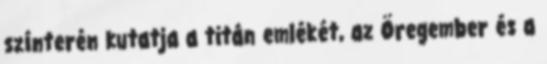
színterén kutatja a titán emlékét, az Öregember és a